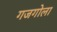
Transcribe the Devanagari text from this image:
गजगोला